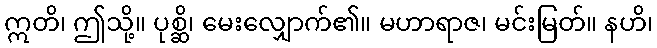
ဣတိ၊ ဤသို့။ ပုစ္ဆိ၊ မေးလျှောက်၏။ မဟာရာဇ၊ မင်းမြတ်။ နဟိ၊